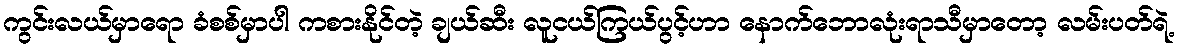
ကွင်းလယ်မှာရော ခံစစ်မှာပါ ကစားနိုင်တဲ့ ချယ်ဆီး လူငယ်ကြယ်ပွင့်ဟာ နောက်ဘောလုံးရာသီမှာတော့ လမ်းပတ်ရဲ့